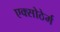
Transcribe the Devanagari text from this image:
एक्सोठेर्म